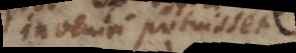
inveniri potuisset,